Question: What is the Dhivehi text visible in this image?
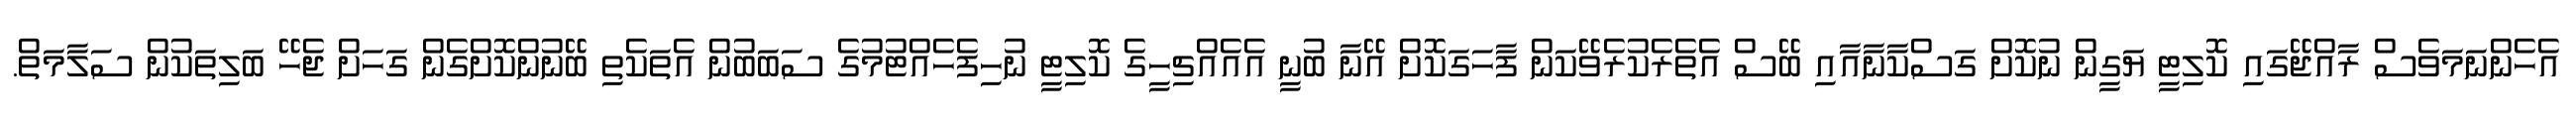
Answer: އެހެންނަމަވެސް ރާއްޖޭގައި ކޮލިޓީ ޔަގީން ނުކޮށް ގަސްކާނާއާއި ބޭސް އެތެރެކުރެވޭކަން ފާހަގަކޮށް އޭނާ ބުނީ އެއެއްޗިހީގެ ކޮލިޓީ ނުހިފެހެއްޓުމުގެ ސަބަބުން އެތަކެތި ބޭނުންކޮށްގެން ގަހަށް ޖެހޭ ބަލިތަކުން ސަލާމަތް.